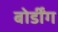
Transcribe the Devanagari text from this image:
बोर्डींग